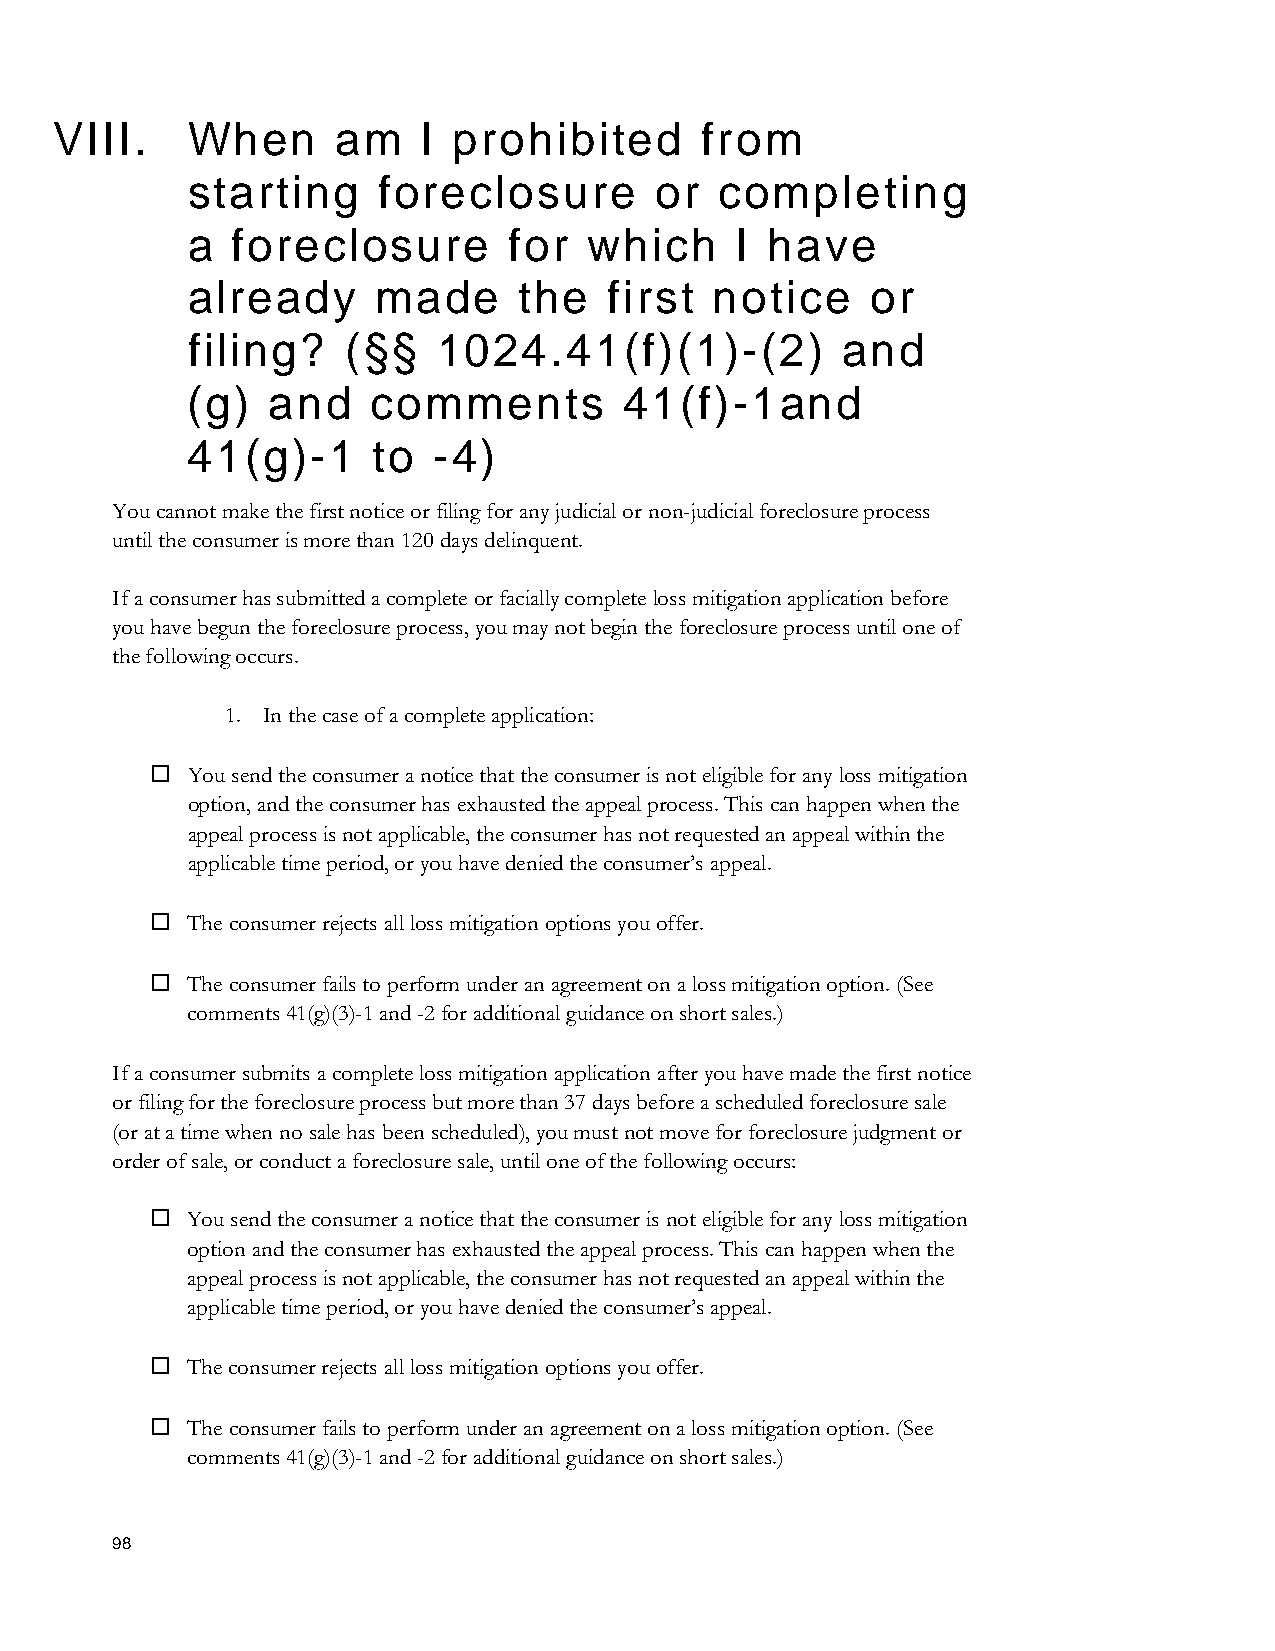
VIII.    When      am    I prohibited      from
 starting     foreclosure       or   completing
 a  foreclosure        for  which     I have
 already      made     the   first  notice     or
 filing?    (§§   1024.41(f)(1)-(2)          and
 (g)   and   comment       s  41(f)-1and
 41(g)-1      to - 4)
 You cannot make the first notice or filing for any judicial or non-judicial foreclosure process
 until the consumer is more than 120 days delinquent.
 If a consumer has submitted a complete or facially complete loss mitigation application before
 you have begun the foreclosure process, you may not begin the foreclosure process until one of
 the following occurs.
 1. In the case of a complete application:
  You send the consumer a notice that the consumer is not eligible for any loss mitigation
 option, and the consumer has exhausted the appeal process. This can happen when the
 appeal process is not applicable, the consumer has not requested an appeal within the
 applicable time period, or you have denied the consumer’s appeal.
  The consumer rejects all loss mitigation options you offer.
  The consumer fails to perform under an agreement on a loss mitigation option. (See
 comments 41(g)(3)-1 and -2 for additional guidance on short sales.)
 If a consumer submits a complete loss mitigation application after you have made the first notice
 or filing for the foreclosure process but more than 37 days before a scheduled foreclosure sale
 (or at a time when no sale has been scheduled), you must not move for foreclosure judgment or
 order of sale, or conduct a foreclosure sale, until one of the following occurs:
  You send the consumer a notice that the consumer is not eligible for any loss mitigation
 option and the consumer has exhausted the appeal process. This can happen when the
 appeal process is not applicable, the consumer has not requested an appeal within the
 applicable time period, or you have denied the consumer’s appeal.
  The consumer rejects all loss mitigation options you offer.
  The consumer fails to perform under an agreement on a loss mitigation option. (See
 comments 41(g)(3)-1 and -2 for additional guidance on short sales.)
 98